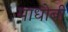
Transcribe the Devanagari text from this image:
माधोबी